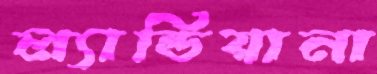
ল্যান্ডিয়ানা